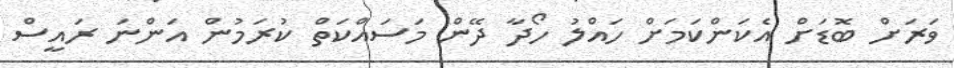
ވަރަށް ބޮޑަށް އެކަންކަމަށް ހައްލު ހޯދާ ދޭން މަސައްކަތް ކުރަމުން އަންނަ ރައީސް